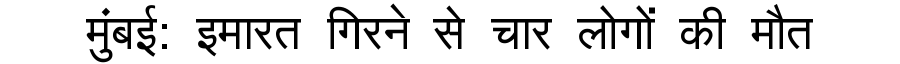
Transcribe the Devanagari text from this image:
मुंबई: इमारत गिरने से चार लोगों की मौत